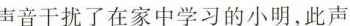
声音干扰了在家中学习的小明，此声